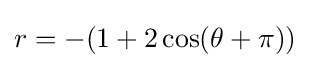
r=-(1+2\cos(\theta +\pi ))